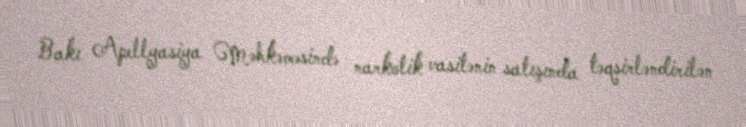
Bakı Apellyasiya Məhkəməsində narkotik vasitənin satışında təqsirləndirilən